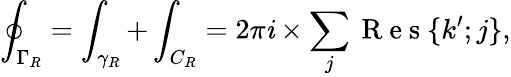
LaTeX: \oint_{\Gamma_{R}}=\int_{\gamma_{R}}+\int_{C_{R}}=2\pi\mathit{i}\times\sum_{j}\mathrm{{~R~e~s~}}\{ k^{\prime};j\} ,